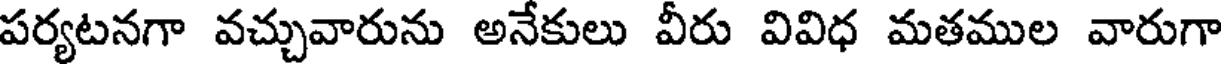
పర్యటనగా వచ్చువారును అనేకులు వీరు వివిధ మతముల వారుగా